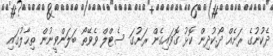
ދެކުނުގެ ރަށެއް ދޯ.ކުދިން ކޮޅު ގޮވައިގެން ރަށުގަ ސެޓްލް ވެވޭތޯ ބަލަންވީނުން ތިޙާލުގައި